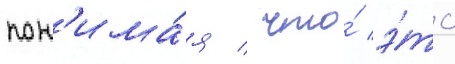
пон'има́я / что́ э́то